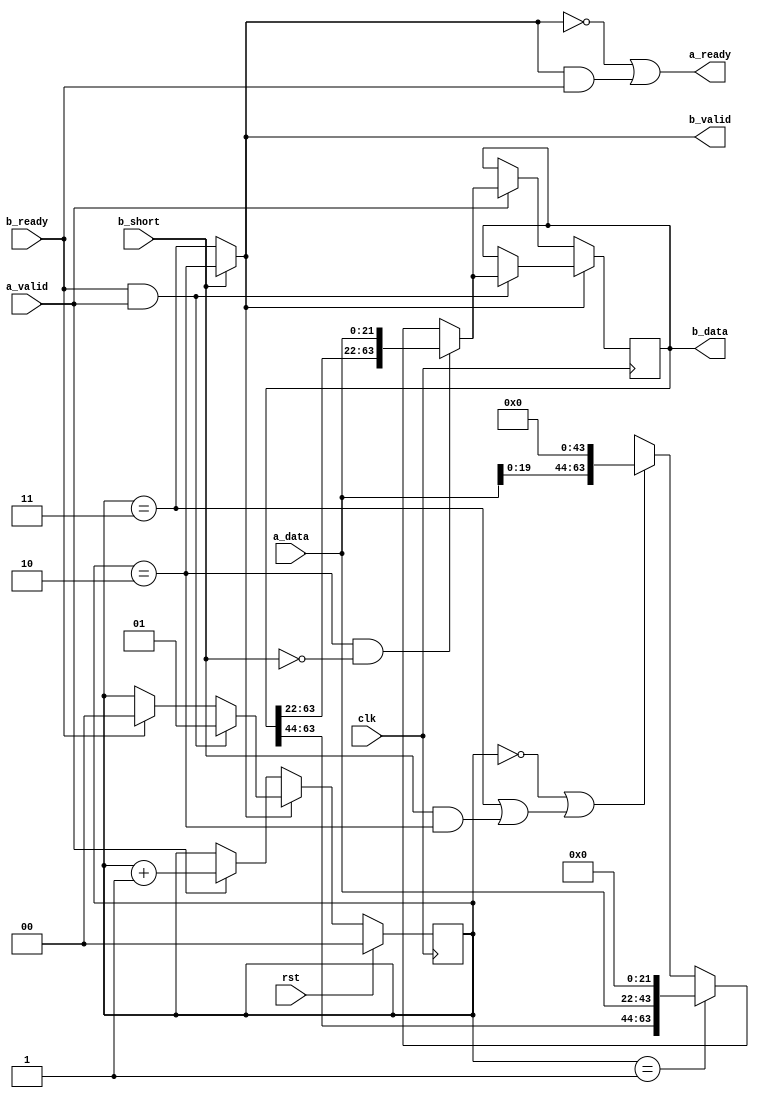
module fifo_1d_22to64(
    input  wire         clk,
    input  wire         rst,
    // Incoming port
    input  wire [21:0]  a_data,
    input  wire         a_valid,
    output wire         a_ready,
    // Outgoing port
    input  wire         b_short,
    output wire [63:0]  b_data,
    output wire         b_valid,
    input  wire         b_ready
);
    // Store from higher order byte to lower order
    reg [63:0] fifo;
    reg [1:0] fifo_level;
    wire fifo_full = (b_short) ? (fifo_level == 2) : (fifo_level == 3);

    wire [63:0] new_data =
            ((fifo_level == 2) && !b_short) ? {fifo[63:22], a_data} :
            (fifo_level == 1) ? {fifo[63:44], a_data, 22'b0} :
            ((fifo_level == 0) || ((fifo_level == 3) || (b_short && (fifo_level == 2)))) ? {a_data[19:0], 44'b0} :
            64'bx;

    always @(posedge clk) begin
        if (fifo_full) begin
            if (b_ready && a_valid) begin
                // Output ready, input valid, shiftin new data
                fifo <= new_data;
                fifo_level <= 1;
            end
            else if (b_ready) begin
                // Output ready, no input, output data
                fifo_level <= 0;
            end
        end
        else begin
            // Not full, output not valid, input ready
            if (a_valid) begin
                fifo <= new_data;
                fifo_level <= fifo_level + 1;
            end
        end

        if (rst) begin
            fifo_level <= 0;
        end
    end

    // RX data if fifo is empty
    assign a_ready = !fifo_full || (fifo_full && b_ready);
    assign b_valid = fifo_full;
    assign b_data = fifo;

endmodule